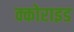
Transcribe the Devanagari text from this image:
क्कोराइड